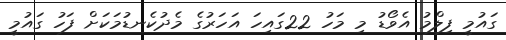
ގައުމީ ފިލްމު އެވޯޑު މި މަހު 22ގައިހަ އަހަރުގެ މެދުކެނޑުމަކަށް ފަހު ގައުމީ